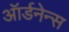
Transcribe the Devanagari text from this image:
ऑर्डनेन्स